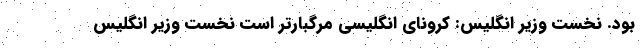
بود. نخست وزیر انگلیس: کرونای انگلیسی مرگبارتر است نخست وزیر انگلیس